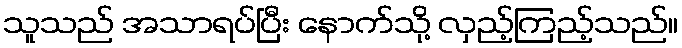
သူသည် အသာရပ်ပြီး နောက်သို့ လှည့်ကြည့်သည်။